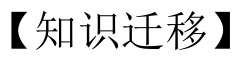
【知识迁移】